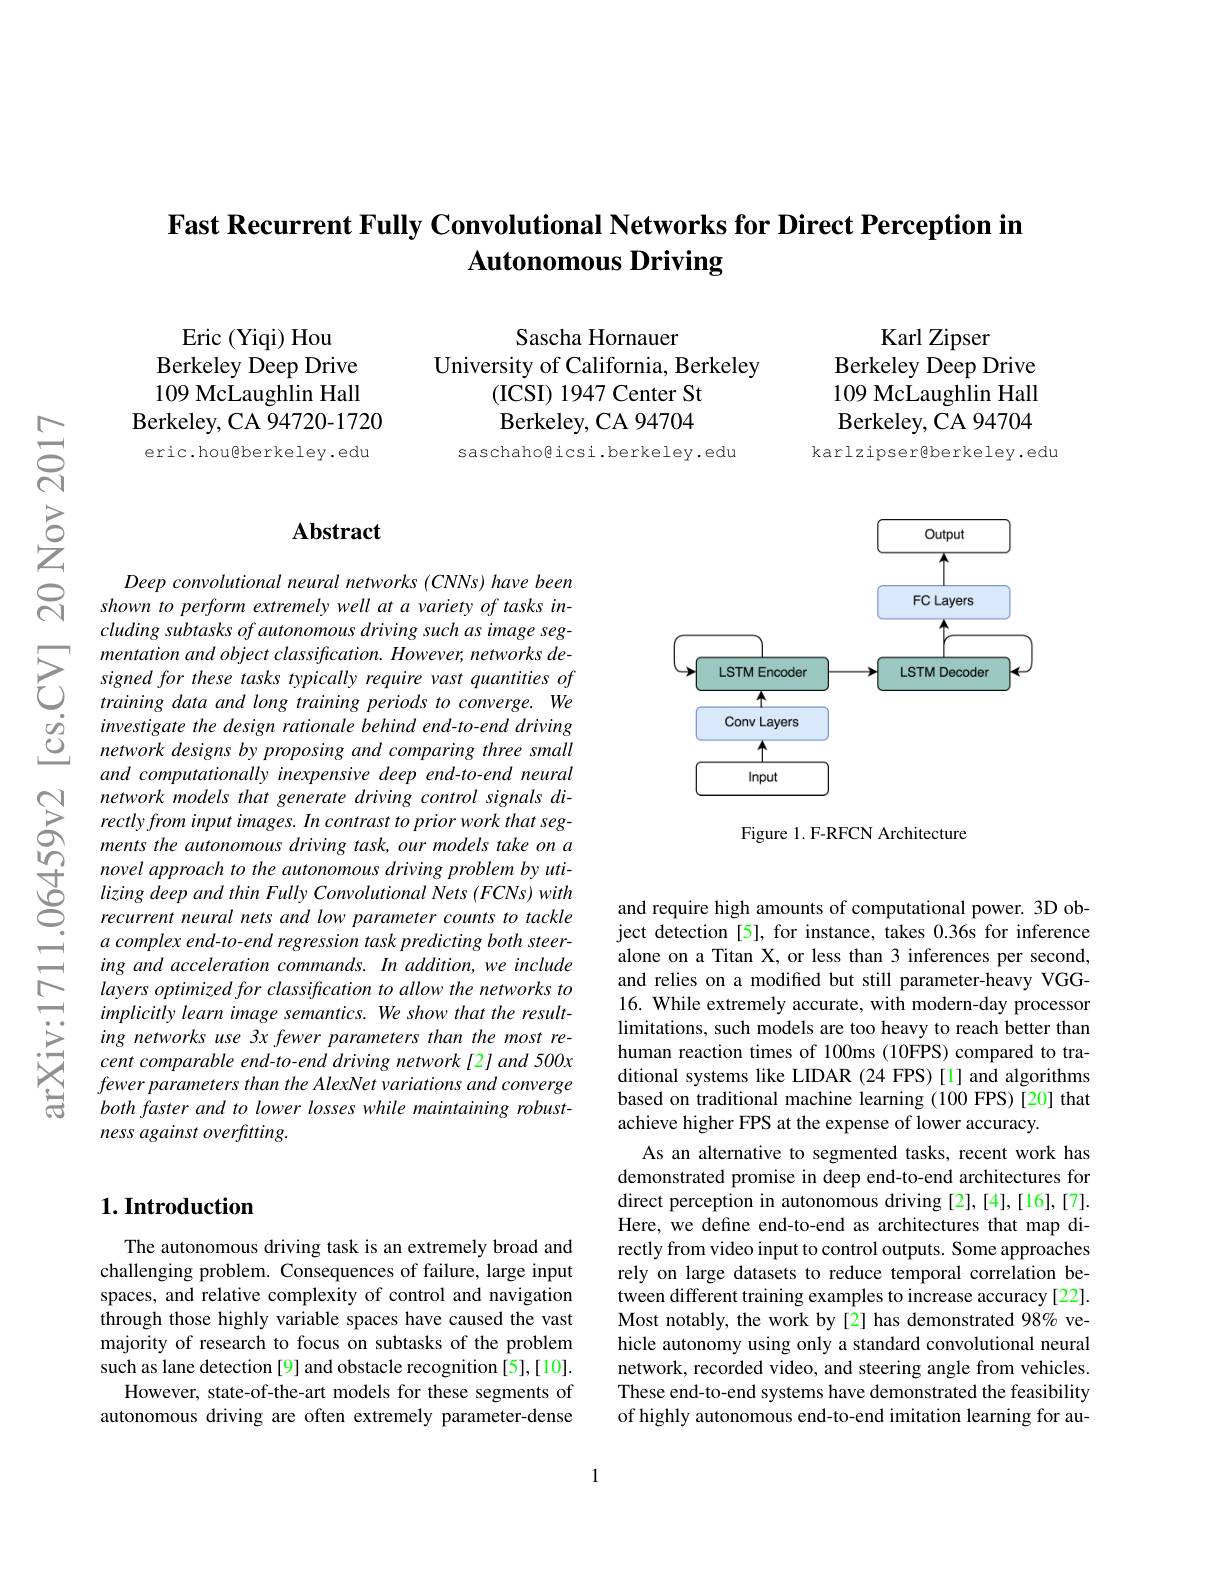
## Fast Recurrent Fully Convolutional Networks for Direct Perception in Autonomous Driving

Karl Zipser
Berkeley Deep Drive 109 McLaughlin Hall Berkeley, CA 94704
karlzipsergberkeley.edu

Sascha Hornauer
University of California, Berkeley
(ICSI) 1947 Center St Berkeley, CA 94704
saschaho@icsi.berkeley.edu

Eric (Yiqi) Hou
Berkeley Deep Drive 109 McLaughlin Hall
Berkeley, CA 94720-1720 eric.hou@berkeley.edu

## $\mathbf{Abstract}$

<FigureHere>

Figure 1. F-RFCN Architecture

Deep convolutional neural networks (CNNs) have been shown to perform extremely well at a variety of tasks including subtasks of autonomous driving such as image seg-
$\sum_{\begin{array}{lll}&\text{mentation and object classification. However, networks de-}\\&\text{signed for these tasks typically require vast quantities of}\\&\text{training data and long training periods to converge. We}\end{array}}$ $\begin{array}{ccc}\dot{g}&investigate~the~design~rationale~behind~end-to-end~driving\\\dot{Q}&network~designs~by~proposing~and~comparing~three~small\end{array}$
and computationally inexpensive deep end-to-end neural network models that generate driving control signals directlyfrom input images. In contrast to prior work that segments the autonomous driving task, our models take on a novel approach to the autonomous driving problem by utilizing deep and thin Fully Convolutional Nets (FCNs) with recurrent neural nets and low parameter counts to tackle a complex end-to-end regression task predicting both steering and acceleration commands. In addition, we include layers optimized for classification to allow the networks to implicitly learn image semantics. We show that the resulting networks use 3x fewer parameters than the most recent comparable end-to-end driving network[2] and 500x fewer parameters than the AlexNet variations and converge both faster and to lower losses while maintaining robustness against overfitting.

and require high amounts of computational power. 3D object detection [5], for instance, takes 0.36s for inference alone on a Titan X, or less than 3 inferences per second, and relies on a modified but still parameter-heavy VGG- 16. While extremely accurate, with modern-day processor limitations, such models are too heavy to reach better than human reaction times of 100ms (10FPS) compared to traditional systems like LIDAR (24 FPS)[1] and algorithms based on traditional machine learning (100 FPS) [20] that achieve higher FPS at the expense of lower accuracy.
As an alternative to segmented tasks, recent work has demonstrated promise in deep end-to-end architectures for direct perception in autonomous driving [2],[4],[16],[7]. Here, we define end-to-end as architectures that map directly from video input to control outputs. Some approaches rely on large datasets to reduce temporal correlation between different training examples to increase accuracy [22]. Most notably, the work by [2] has demonstrated 98% vehicle autonomy using only a standard convolutional neural network, recorded video, and steering angle from vehicles. These end-to-end systems have demonstrated the feasibility of highly autonomous end-to-end imitation learning for au-

## $1. \textbf{Introduction}$

The autonomous driving task is an extremely broad and challenging problem. Consequences of failure, large input spaces, and relative complexity of control and navigation through those highly variable spaces have caused the vast majority of research to focus on subtasks of the problem such as lane detection [9] and obstacle recognition [5],[10].
However, state-of-the-art models for these segments of autonomous driving are often extremely parameter-dense